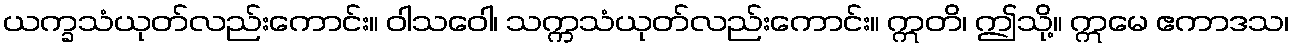
ယက္ခသံယုတ်လည်းကောင်း။ ဝါသဝေါ၊ သက္ကသံယုတ်လည်းကောင်း။ ဣတိ၊ ဤသို့။ ဣမေ ဧကာဒသ၊